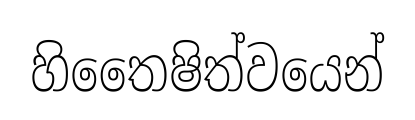
හිතෛෂිත්වයෙන්